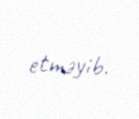
etməyib.